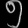
Digit: ၅